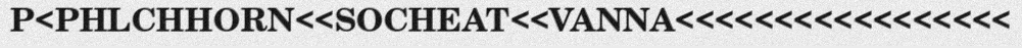
P<PHLCHHORN<<SOCHEAT<<VANNA<<<<<<<<<<<<<<<<<